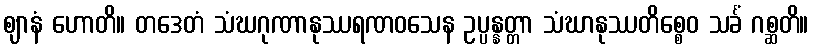
ဈာနံ ဟောတိ။ တဒေတံ သံဃဂုဏာနုဿရဏဝသေန ဥပ္ပန္နတ္တာ သံဃာနုဿတိစ္စေဝ သင်္ခံ ဂစ္ဆတိ။